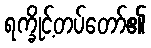
ရက္ခိုင့်တပ်တော်၏